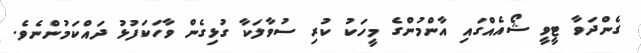
ގެންދަވާ ޓީވީ ޝޯއެއްގައި އާންމުންގެ މީހަކު ކުރި ސުވާލަކާ ގުޅިގެން ވާހަކަފުޅު ދައްކަމުންނެވެ.